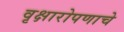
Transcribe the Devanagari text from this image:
वृक्षारोपणाचे